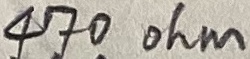
Text: 470ohm